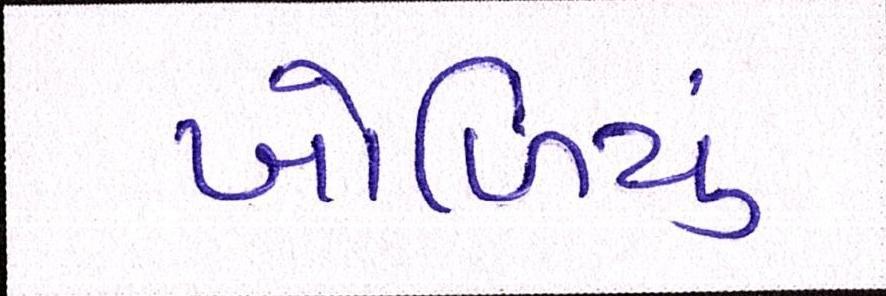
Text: ખોળિયું